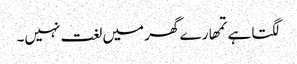
لگتا ہے تمھارے گھر میں لغت نہیں۔